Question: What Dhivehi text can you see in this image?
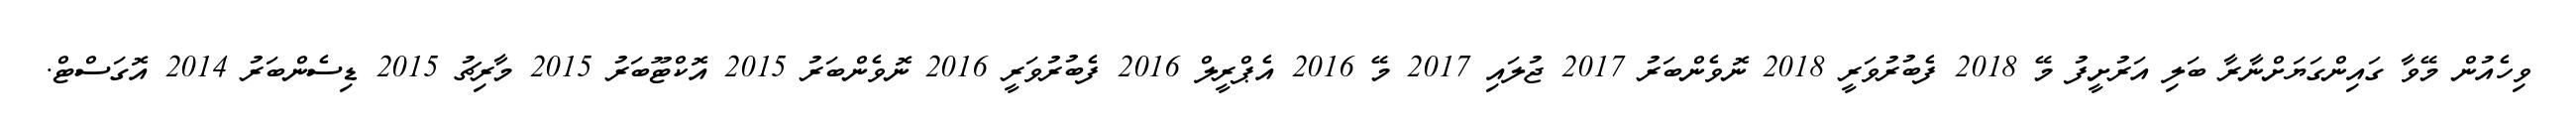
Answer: ވިހެއުން މޭވާ ގައިންގަޔަށްނާރާ ބަލި އަރުށީފު މޭ 2018 ފެބުރުވަރީ 2018 ނޮވެންބަރު 2017 ޖުލައި 2017 މޭ 2016 އެޕްރީލް 2016 ފެބުރުވަރީ 2016 ނޮވެންބަރު 2015 އޮކްޓޫބަރު 2015 މާރިޗު 2015 ޑިސެންބަރު 2014 އޮގަސްޓް.